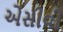
એસીવી